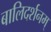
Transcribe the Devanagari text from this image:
बालिदर्शनम्